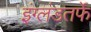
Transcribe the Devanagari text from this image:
इंग्लंडतर्फे